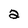
Character: 2